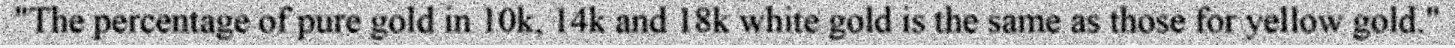
"The percentage of pure gold in 10k, 14k and 18k white gold is the same as those for yellow gold."